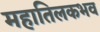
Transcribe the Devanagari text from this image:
महातिलकभव